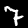
Digit: 7